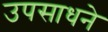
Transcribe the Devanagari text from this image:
उपसाधने